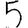
Digit: 5